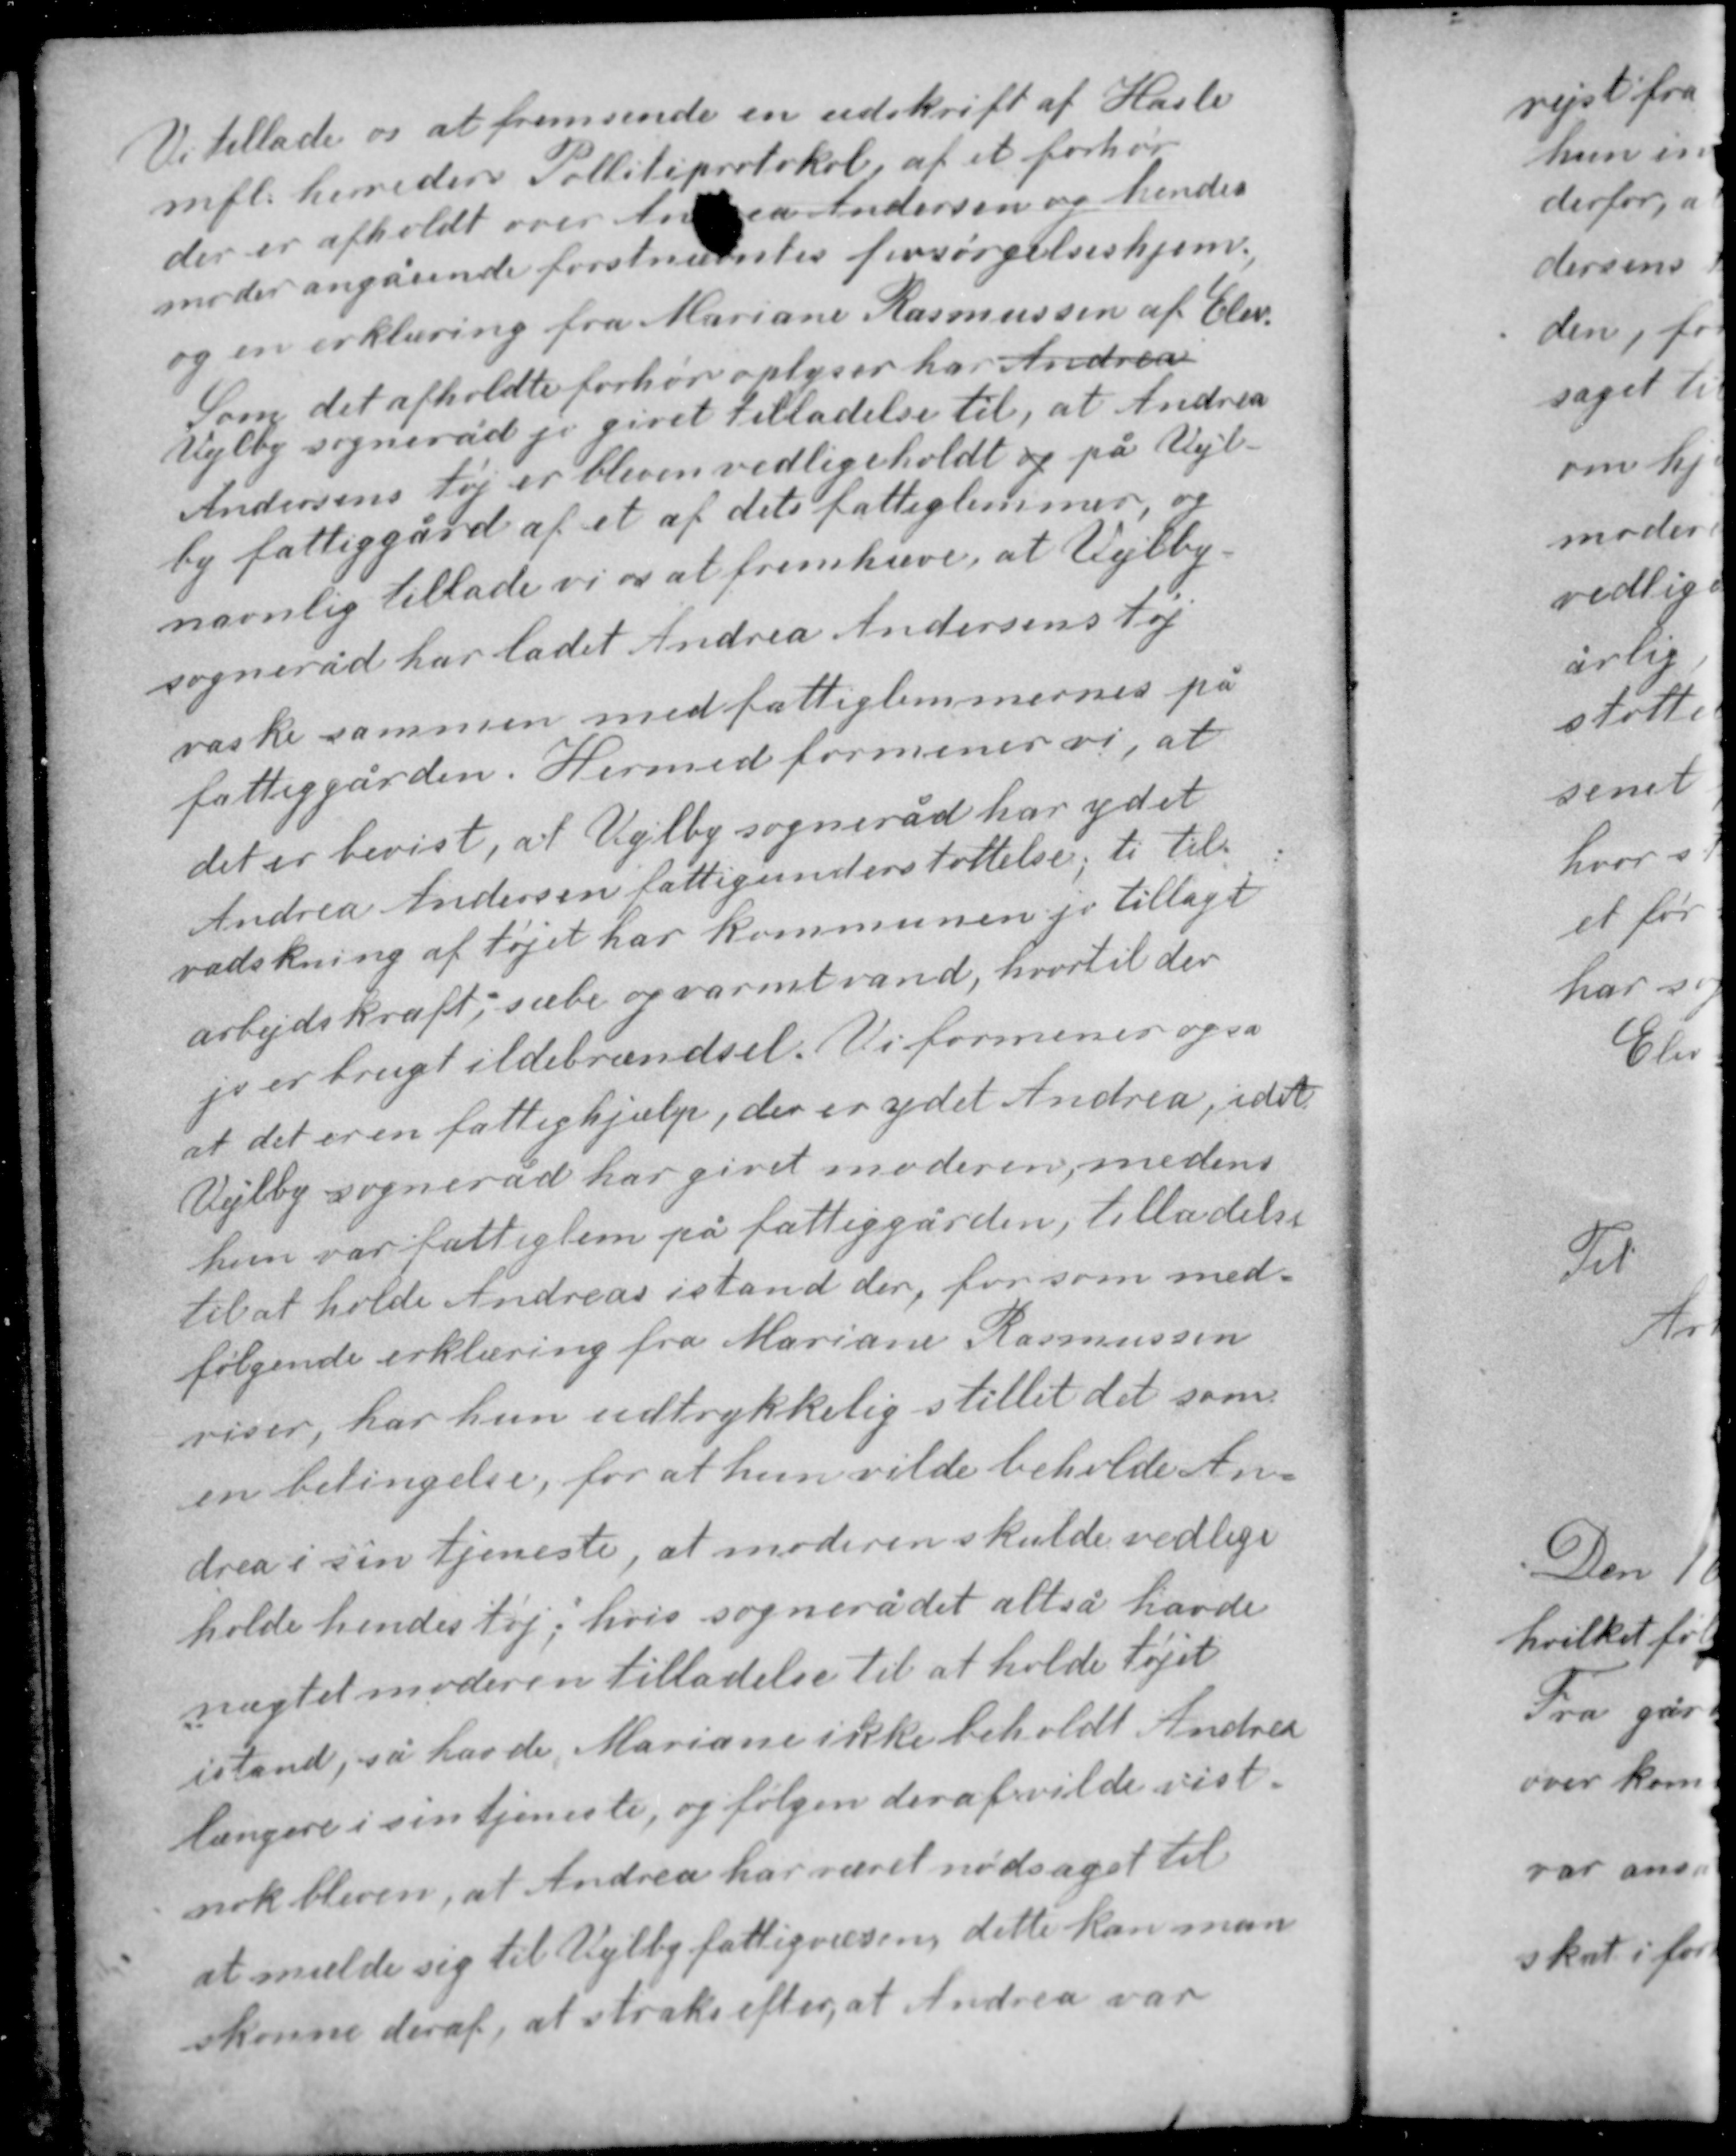
Transskription:
Vi tillader os at fremsende en udskrift af Hasle
mfl. herreders Politiprotokol, af et forhør
der er afholdt over Andrea Andersen og hendes
moder angående førstnævntes forsørgelseshjem
og en erklæring fra Mariane Rasmussen af Elev.
Som det afholdte forhør oplyser har Andrea
Vejlby sogneråd jo givet tilladelse til, at Andrea
Andersens tøj er bleven vedligeholdt og på Vejl-
by fattiggård af et af dets fattiglemmer, og
navnlig tillader vi os at fremhæve, at Vejlby
sogneråd har ladet Andrea Andersens tøj

vaske sammen med fattiglemmernes på
fattiggården. Hermed formener vi, at
det er bevist, at Vejlby sogneråd har ydet
Andrea Andersen fattigunderstøttelse, ti til
vadskning af tøjet har kommunen jo tillagt
arbejdskraft, sæbe og varmt vand, hvortil der
jo er brugt ildebrændsel. Vi formener også
at det er en fattighjælp, der er ydet Andrea, idet

Vejlby sogneråd har givet moderen, medens
hun var fattiglem på fattiggården, tilladelse
til at holde Andreas istand der, for som med-
følgende erklæring fra Mariane Rasmussen
viser, har hun udtrykkelig stillet det som
en betingelse, for at hun vilde beholde An-
drea i sin tjeneste, at moderen skulde vedlige-
holde hendes tøj; hvis sognerådet altså havde

nægtet moderen tilladelse til at holde tøjet
istand, så havde Mariane ikke beholdt Andrea
længere i sin tjeneste, og følgen deraf vilde vist-
nok bleven at Andrea har været nødsaget til
at melde sig til Vejlby fattigvæsen, dette kan man
skønne deraf, at straks efter at Andrea var